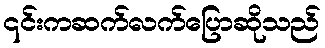
၎င်းကဆက်လက်ပြောဆိုသည်